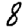
Digit: 8